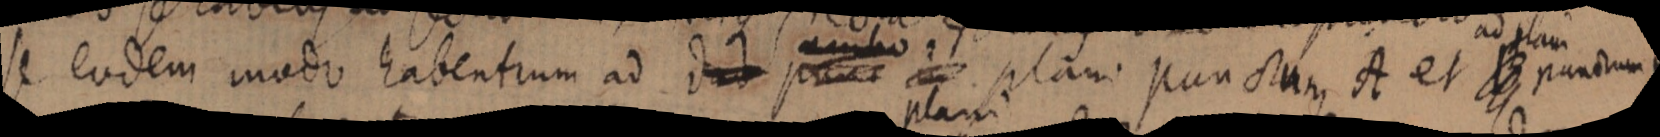
se eodem modo habentium ad dut ponum plani punctum, A et B ad plani punctum B